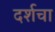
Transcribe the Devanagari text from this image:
दर्शचा